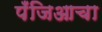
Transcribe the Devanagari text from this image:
पँजिआचा